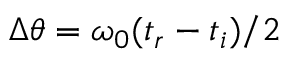
\Delta \theta = \omega _ { 0 } ( t _ { r } - t _ { i } ) / 2